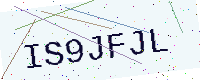
Text: IS9JFJL